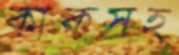
কাকসহ